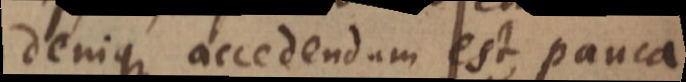
denique accedendum est, pauca